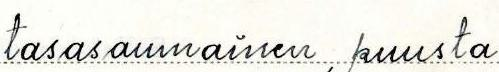
tasasaumainen, puusta